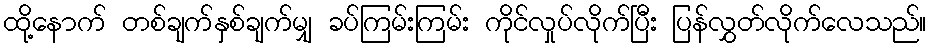
ထို့နောက် တစ်ချက်နှစ်ချက်မျှ ခပ်ကြမ်းကြမ်း ကိုင်လှုပ်လိုက်ပြီး ပြန်လွှတ်လိုက်လေသည်။